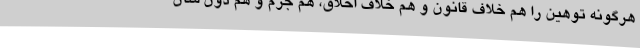
هرگونه توهین را هم خلاف قانون و هم خلاف اخلاق، هم جرم و هم دون شأن